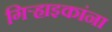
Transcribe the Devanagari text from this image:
गिर्‍हाइकांना